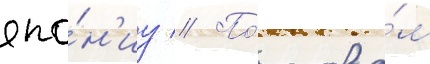
япо́н'иу // По́ слова́м